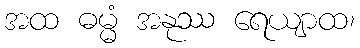
အထ ဓမ္မံ အနုဿ ရေယျာထ၊